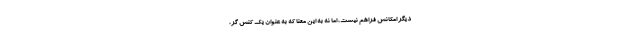
دیگر امکانش فراهم نیست، اما نه به این معنا که به عنوان یک کنش گر،